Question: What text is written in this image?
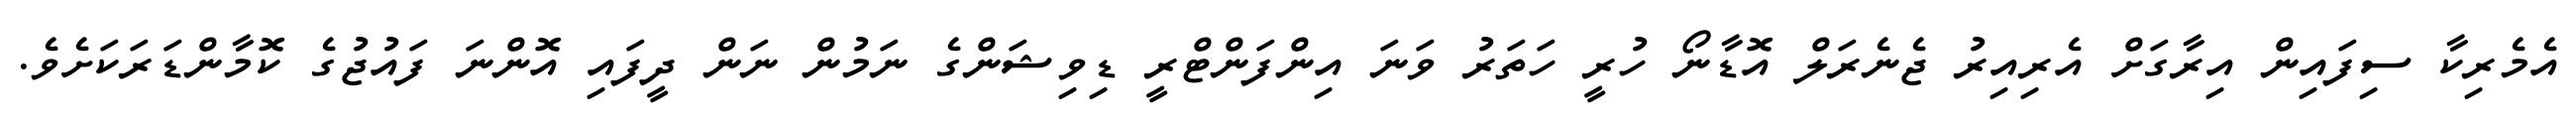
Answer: އެމެރިކާ ސިފައިން އިރާގަށް އެރިއިރު ޖެނެރަލް އޮޑާނޯ ހުރީ ހަތަރު ވަނަ އިންފަންޓްރީ ޑިވިޝަންގެ ނަމުން ނަން ދީފައި އޮންނަ ފައުޖުގެ ކޮމާންޑަރަކަށެވެ.